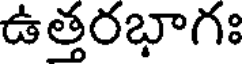
ఉత్తరభాగః